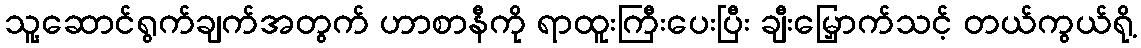
သူ့ဆောင်ရွက်ချက်အတွက် ဟာစာနီကို ရာထူးကြီးပေးပြီး ချီးမြှောက်သင့် တယ်ကွယ်ရို့